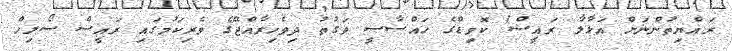
ރައްޔިތުންނަށް އަޅާލާ ރައީސް! ކޮވިޑްގެ ހައްސާސީ ވަގުތު ދިވެހިރާއްޖޭގެ ވެރިކަމުގައި ރައީސް ސޯލިހް